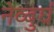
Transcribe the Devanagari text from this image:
नेव्बुर्घ